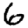
Digit: 6